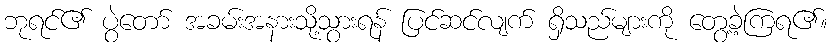
ဘုရင်၏ ပွဲတော် အခမ်းအနားသို့သွားရန် ပြင်ဆင်လျက် ရှိသည်များကို တွေ့ခဲ့ကြရ၏။